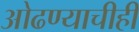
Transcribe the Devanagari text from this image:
ओढण्याचीही